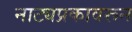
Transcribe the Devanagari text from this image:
नाट्यप्रकावरून